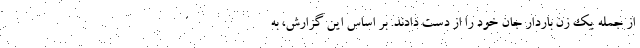
از جمله یک زن باردار جان خود را از دست دادند. بر اساس این گزارش، به